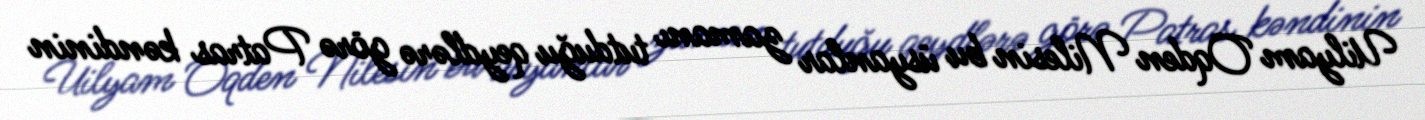
Uilyam Oqden Nilesin bu üsyanlar zamanı tutduğu qeydlərə görə Patras kəndinin